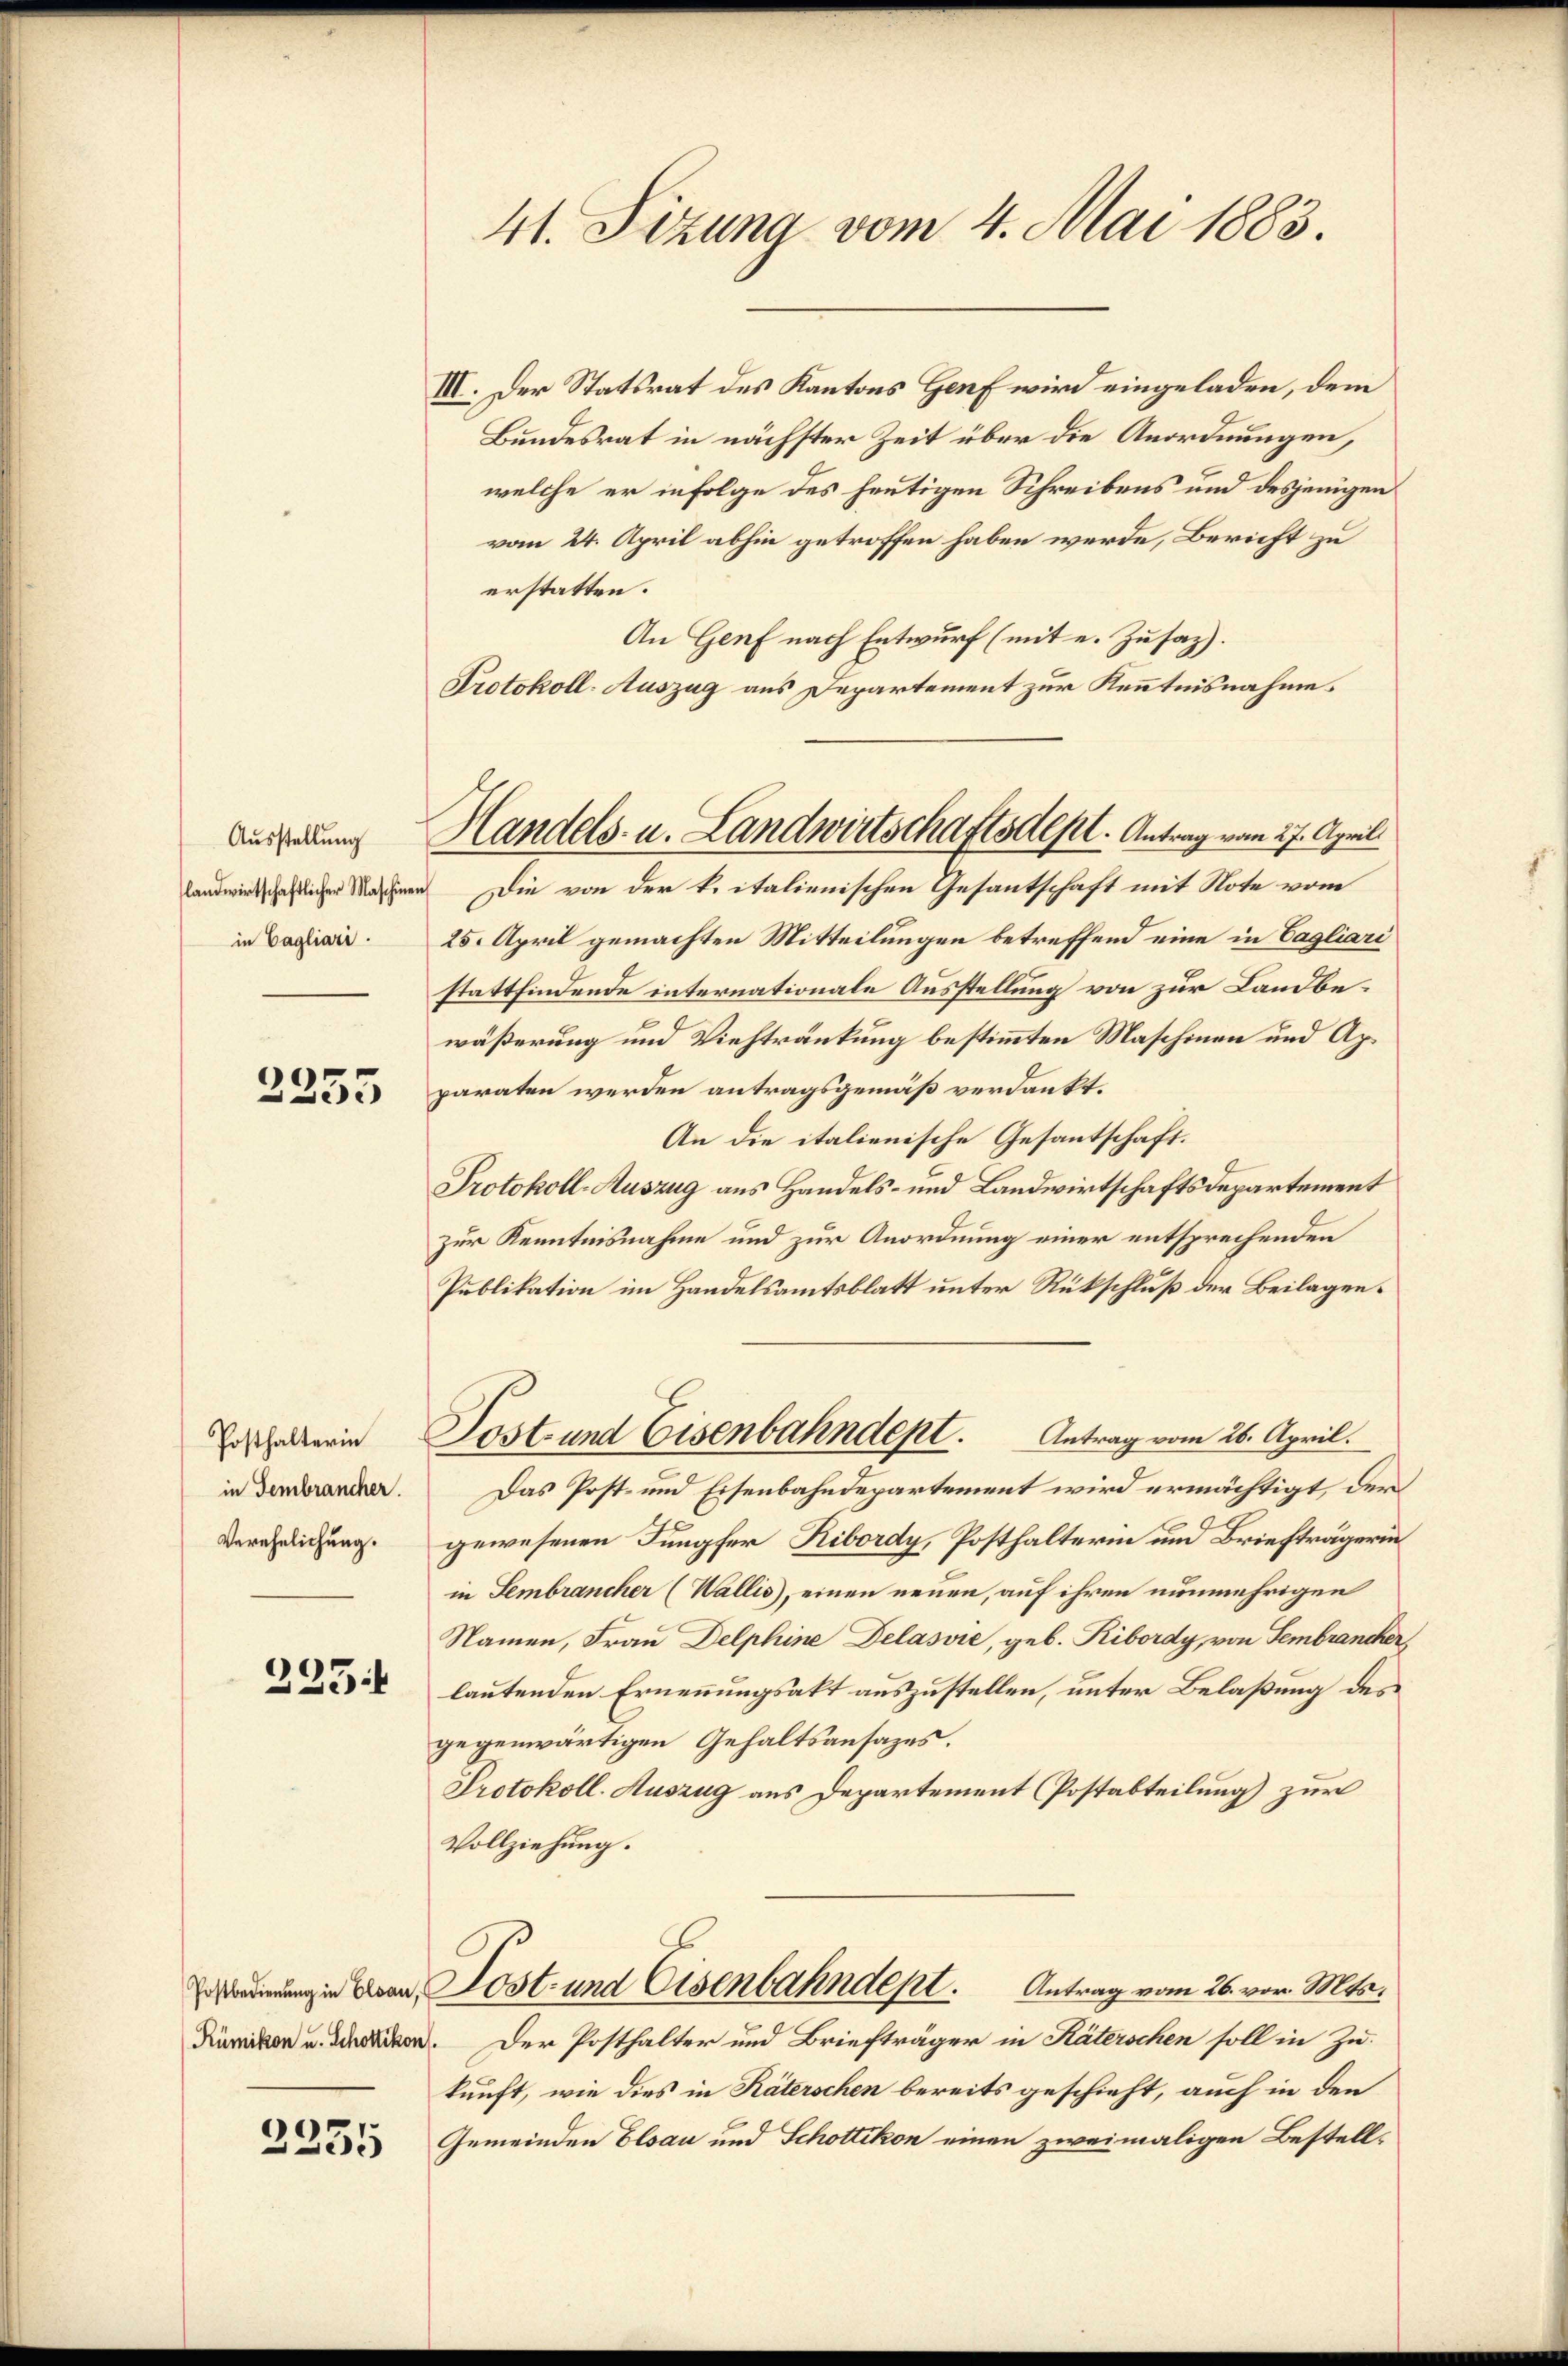
Ausstellung
in Cagliari.

2355

Posthalterin
in Fembrancher.
Verehelichung.

235

III. Der Statsrat des Kantons Genf wird eingeladen, dem
Bundesrat in nächster Zeit über die Anordnungen,
welche er infolge des heutigen Schreibens und desjenigen
vom 24. April abhin getroffen haben werde, Bericht zu
erstatten.
An Genf nach Entwurf (mit e. Zusaz).
Protokoll-Auszug aus Departement zur Kenntnisnahme
landwirtschaftlicher Maschinen Die von der k. italienischen Gesantschaft mit Note vom
25. April gemachten Mitteilungen betreffend eine in Tagliari
stattfindende internationale Ausstellung von zur Landbewäßerung und Viehtränkung bestimmten Maschinen und Apparaten werden antragsgemäß verdankt.
An die italienische Gesantschaft.
Protokoll-Auszug aus Handels- und Landwirtschaftsdepartement
zur Kenntnisnahme und zur Anordnung einer entsprechenden
Publikation im Handelsamtsblatt unter Rückschluß der Beilagen¬
Sost- und Eisenbahndept. Antrag vom 26. April.
Das Post- und Eisenbahndepartement wird ermächtigt, der
gewesenen Jungfer Ribordy, Posthalterin und Briefträgerin
in Fembrancher (Wallis), einen neuen, auf ihren nunmehrigen
Namen, Frau Delphine Delasvić, geb. Ribordy, von Sembrancher
lautenden Ernennungsakt auszustellen, unter Belaßung des
gegenwärtigen Gehaltsansazes.
Protokoll. Auszug aus Departement Postabteilung) zur
Vollziehung.
ng in Don Jost- und Eisenbahndept. Antrag vom 26. vor. Mts.
 . Der Posthalter und Briefträger in Käterschen soll in Zu-
kunft, wie dies in Räterschen bereits geschieht, auch in den
Gemeinden Elsau und Schottikon einen zweimaligen Bestell¬

2335

41. Sitzung vom 4. Mai 1883.

Handels- u. Landwirtschaftsdepl. Antrag vom 27. April